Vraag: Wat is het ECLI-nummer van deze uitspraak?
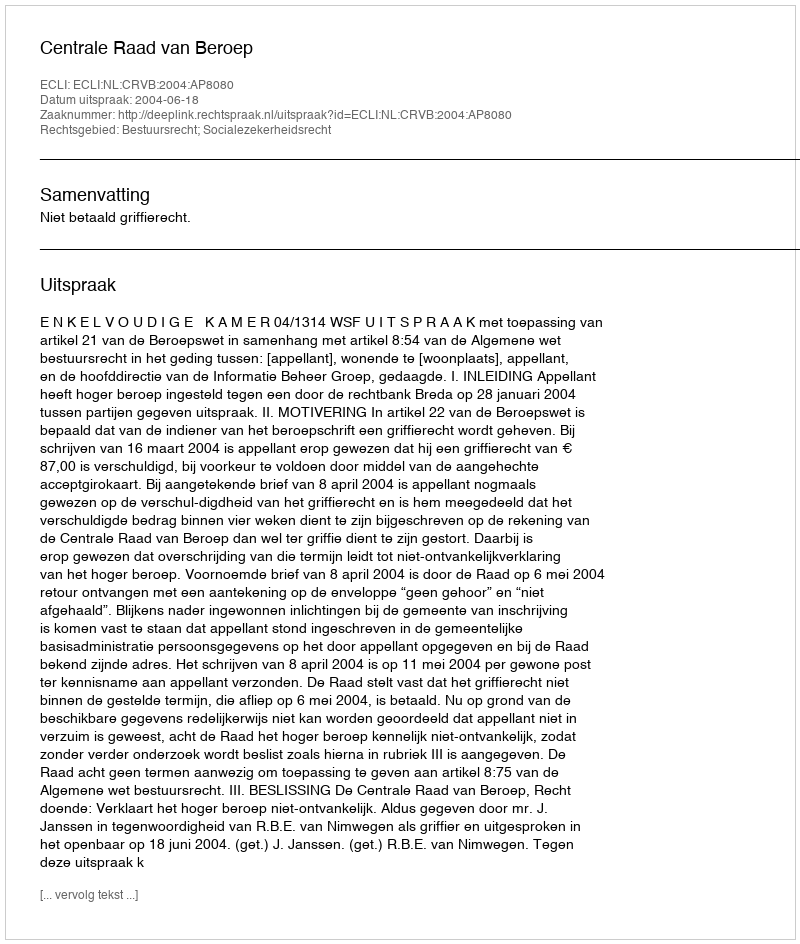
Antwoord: ECLI:NL:CRVB:2004:AP8080